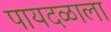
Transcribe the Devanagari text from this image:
पायदळाला